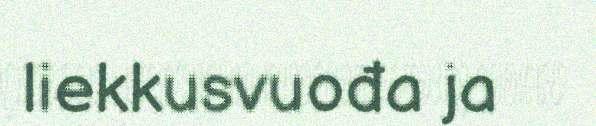
liekkusvuođa ja